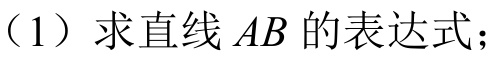
（1）求直线 \(AB\) 的表达式；